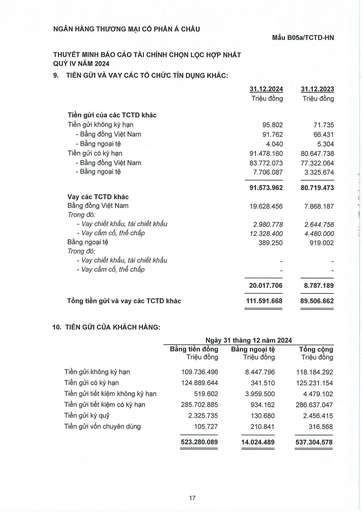
||31.12.2024|31.12.2023| |---|---|---| ||Triệu đồng|Triệu đồng| |Tiền gửi của các TCTD khác||| |Tiền gửi không kỳ hạn|95.802|71.735| |- Bằng đồng Việt Nam|91.762|66.431| |- Bằng ngoại tệ|4.040|5.304| |Tiền gửi có kỳ hạn|91.478.160|80.647.738| |- Bằng đồng Việt Nam|83.772.073|77.322.064| |- Bằng ngoại tệ|7.706.087|3.325.674| ||91.573.962|80.719.473| |Vay các TCTD khác||| |Bằng đồng Việt Nam|19.628.456|7.868.187| |Trong đó:||| |- Vay chiết khấu, tái chiết khấu|2.980.778|2.644.756| |- Vay cầm cố, thế chấp|12.328.400|4.480.000| |Bằng ngoại tệ|389.250|919.002| |Trong đó:||| |- Vay chiết khấu, tái chiết khấu|-|| |- Vay cầm cố, thế chấp|-|| ||20.017.706|8.787.189| |Tổng tiền gửi và vay các TCTD khác|111.591.668|89.506.662| ||Ngày|31 tháng 12 năm 2024|| |---|---|---|---| ||Bằng tiền đồng Triệu đồng|Bằng ngoại tệ Triệu đồng|Tổng cộng Triệu đồng| |Tiền gửi không kỳ hạn|109.736.496|8.447.796|118.184.292| |Tiền gửi có kỳ hạn|124.889.644|341.510|125.231.154| |Tiền gửi tiết kiệm không kỳ hạn|519.602|3.959.500|4.479.102| |Tiền gửi tiết kiệm có kỳ hạn|285.702.885|934.162|286.637.047| |Tiền gửi ký quỹ|2.325.735|130.680|2.456.415| |Tiền gửi vốn chuyên dụng|105.727|210.841|316.568| ||523.280.089|14.024.489|537.304.578|